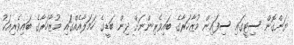
ޔަންގޮން ސިޓީގައި ސިފައިން މުޒާހަރާގެ ބައިވެރިންނަށް ދިން ބަޑީގެ ހަމަލާއެއްގައި މުޒާހަރާގެ ބައިވެރިއަކު